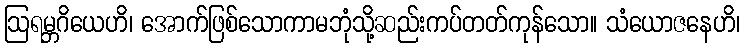
ဩရမ္ဘဂိယေဟိ၊ အောက်ဖြစ်သောကာမဘုံသို့ဆည်းကပ်တတ်ကုန်သော။ သံယောဇနေဟိ၊